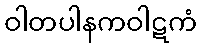
ဝါတပါနကဝါဋကံ